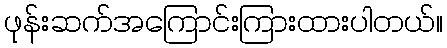
ဖုန်းဆက်အကြောင်းကြားထားပါတယ်။